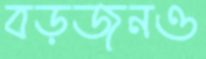
বড়জনও